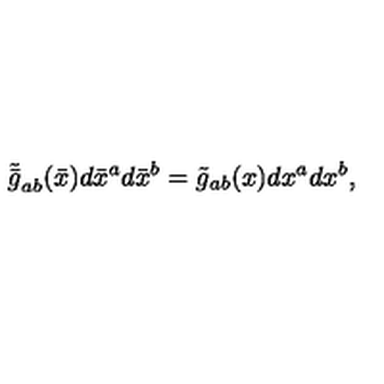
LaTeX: \tilde { \bar { g } } _ { a b } ( \bar { x } ) d \bar { x } ^ { a } d \bar { x } ^ { b } = \tilde { g } _ { a b } ( x ) d x ^ { a } d x ^ { b } ,